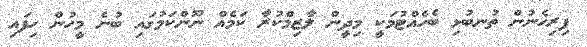
ފިރިހެނުން ތުނބުޅި ބެހެއްޓުމަކީ މިދީން ލާޒިމްކުރާ ކަމެއް ނޫންކަމުގައި ބުނެ މީހުން ހިފައި